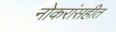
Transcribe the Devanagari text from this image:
नोकरांसहीत